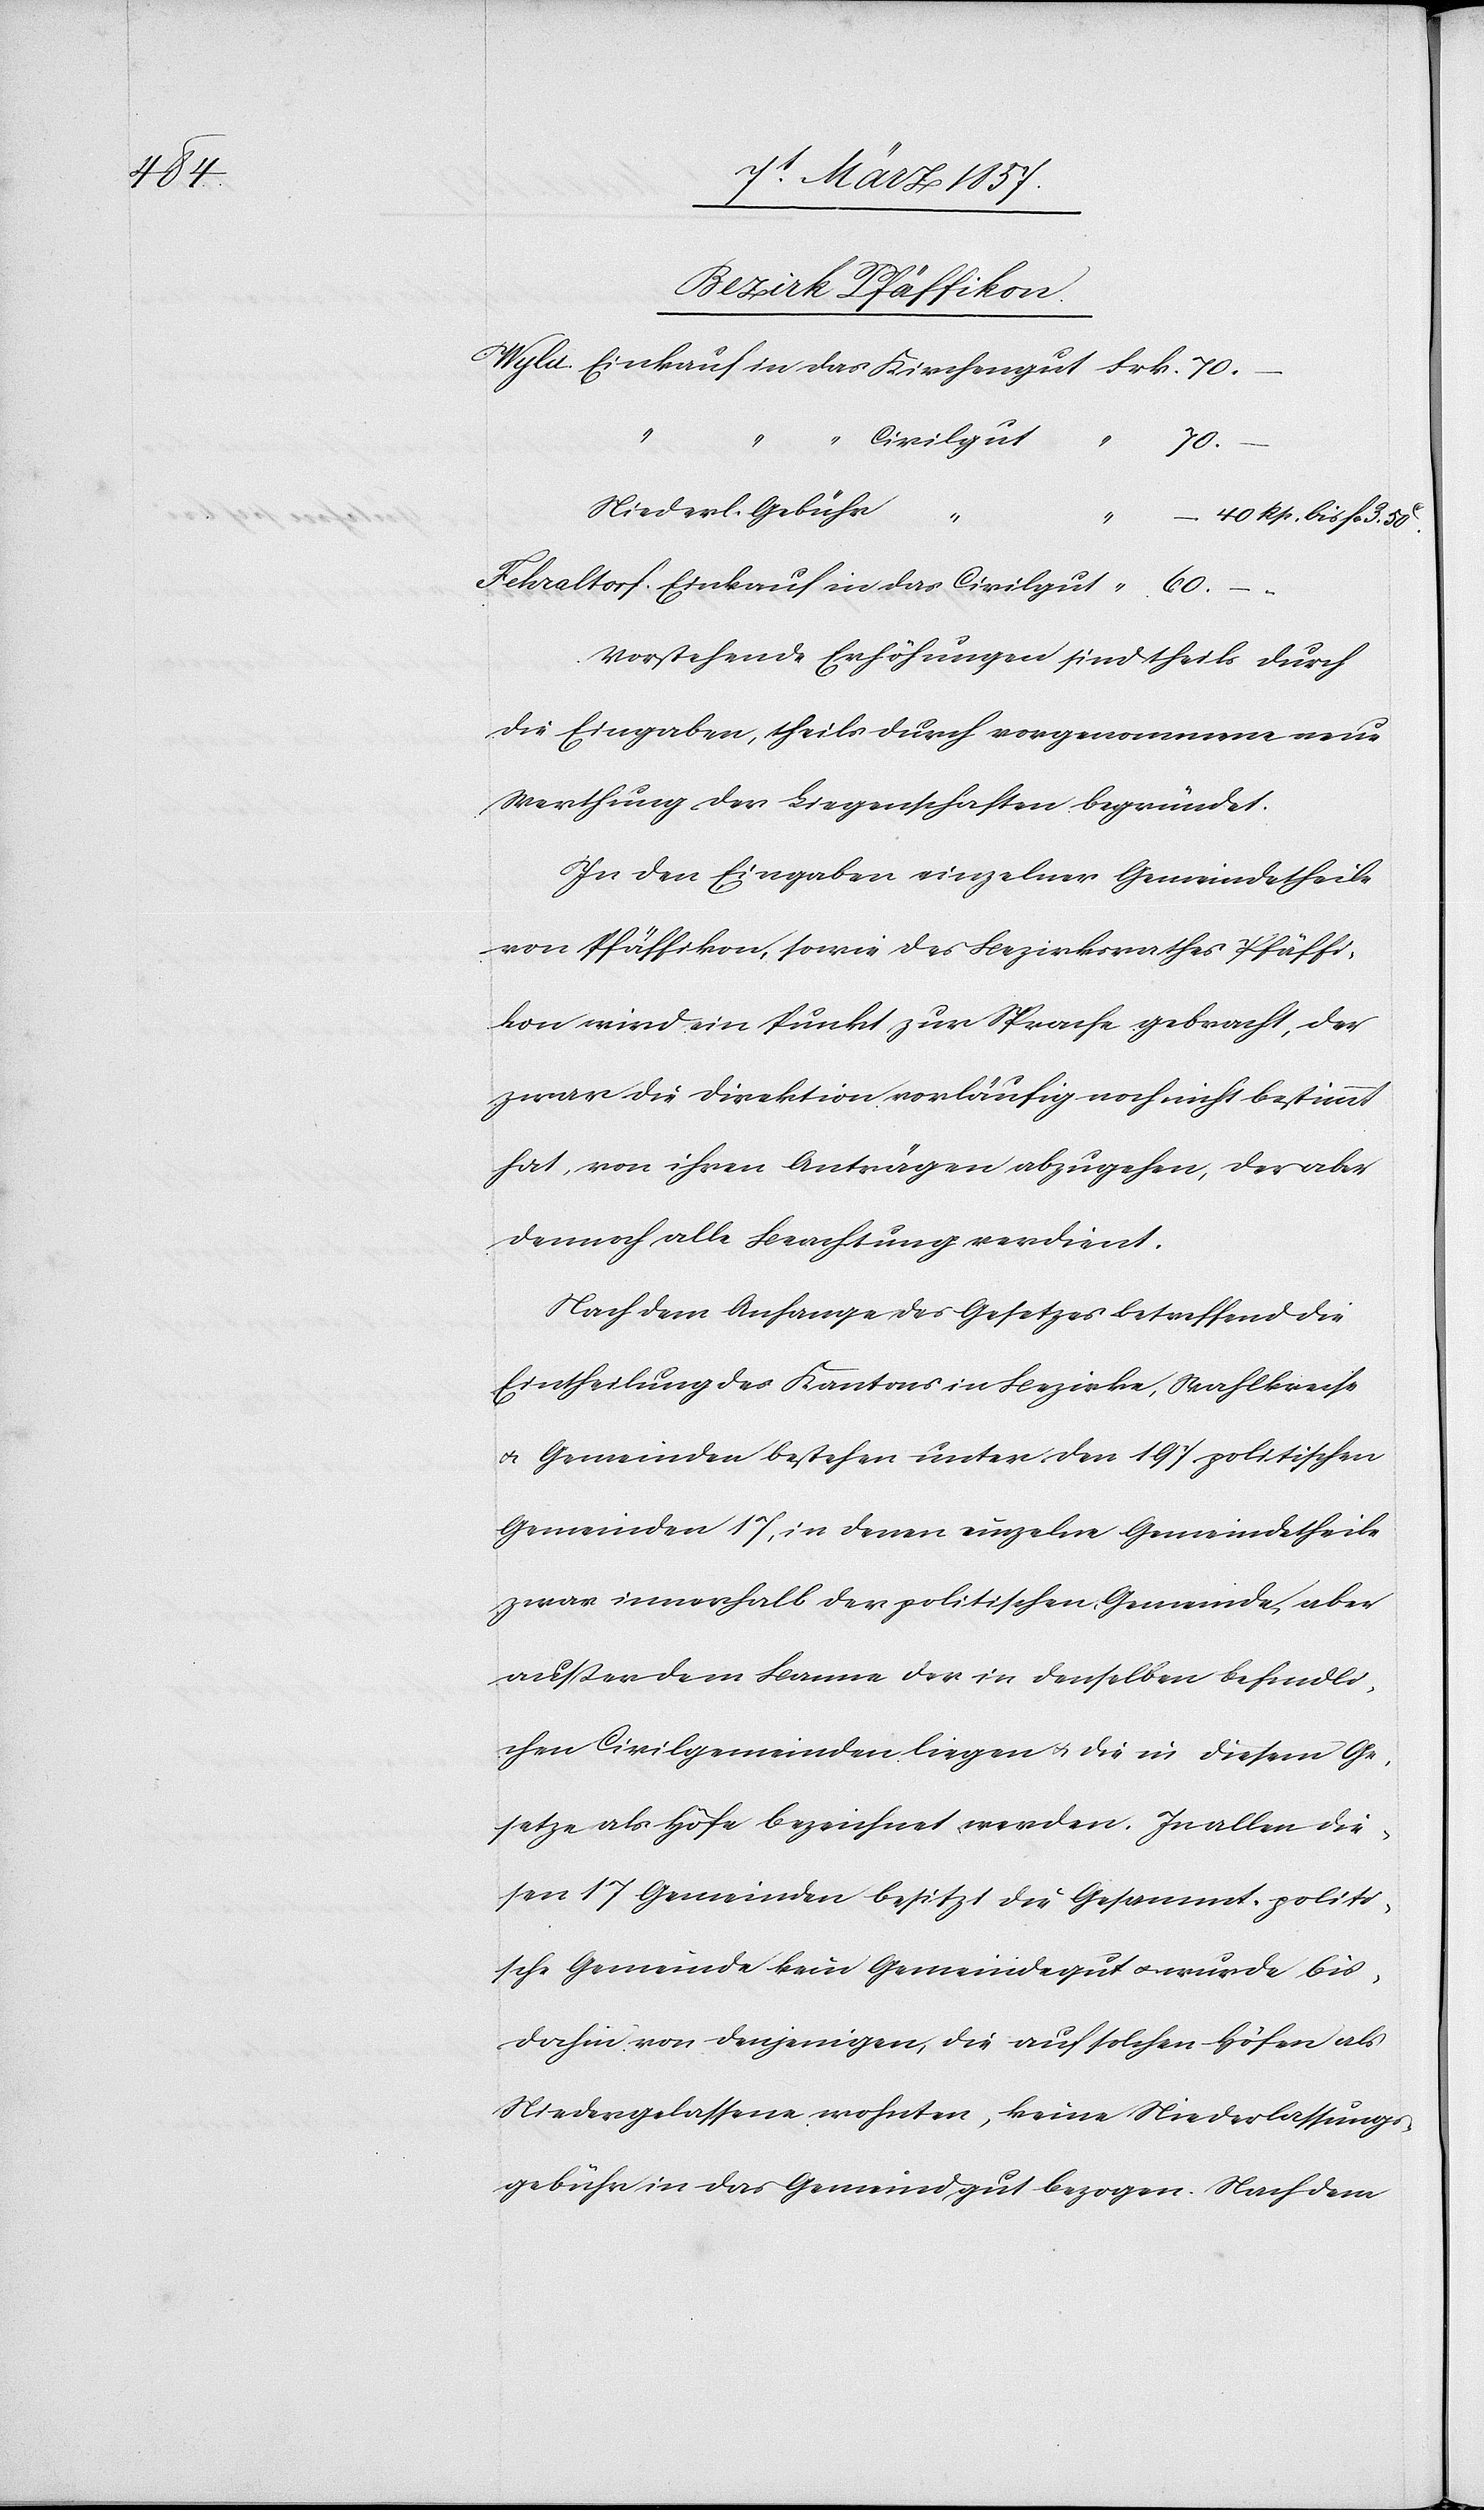
Bezirk Pfäffikon.
“
“
Civilgut
40 Rp.
60.
3.
Niederl. Gebühr
in das
Vorstehende Erhöhungen sind theils durch
die Eingaben, theils durch vorgenommene neue
Werthung der Liegenschaften begründet.
In den Eingaben einzelner Gemeindetheile
von Pfäffikon, sowie des Bezirksrathes Pfäffi¬
kon wird ein Punkt zur Sprache gebracht, der
zwar die Direktion vorläufig noch nicht bestimmt
hat, von ihren Anträgen abzugehen, der aber
dennoch alle Beachtung verdient.
Nach dem Anfange des Gesetzes betreffend die
Eintheilung des Kantons in Bezirke, Wahlkreise
u. Gemeinden bestehen unter den 197 politischen
Gemeinden 17, in denen einzelne Gemeindetheile
zwar innerhalb der politischen Gemeinde, aber
außer dem Banne der in denselben befindli¬
chen Civilgemeinden liegen u. die in diesem Ge¬
setze als Höfe bezeichnet werden. In allen die¬
sen 17 Gemeinden besitzt die Gesammtpoliti¬
sche Gemeinde kein Gemeindegut u. wurde bis¬
dahin von denjenigen, die auf solchen Höfen als
Niedergelassene wohnten, keine Niederlassungs¬
gebühr in das Gemeindgut bezogen. Nach dem